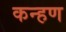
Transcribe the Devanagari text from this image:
कन्हण